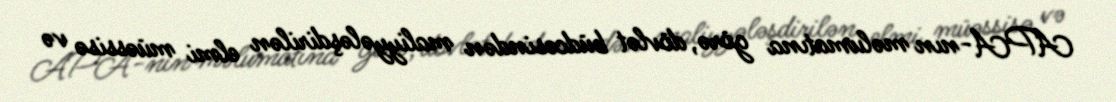
APA-nın məlumatına görə, dövlət büdcəsindən maliyyələşdirilən elmi müəssisə və